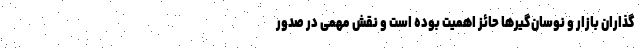
گذاران بازار و نوسان‌گیرها حائز اهمیت بوده است و نقش مهمی در صدور